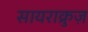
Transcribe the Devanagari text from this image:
सायराक्रुज़